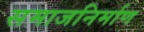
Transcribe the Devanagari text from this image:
समाजनिर्माण